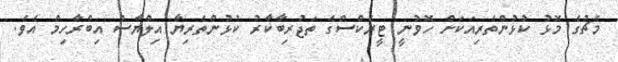
މެޗުގެ މޮޅު ކުޅުންތެރިއަކަށް ހޮވުނީ ޓީރެކްސްގެ ތަޖުރިބާކާރު ކުޅުންތެރިޔާ އިލްޔާސް އިބްރާހިމް އެވެ.